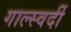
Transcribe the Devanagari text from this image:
गाल्स्वर्दी